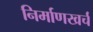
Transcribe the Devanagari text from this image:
निर्माणखर्च